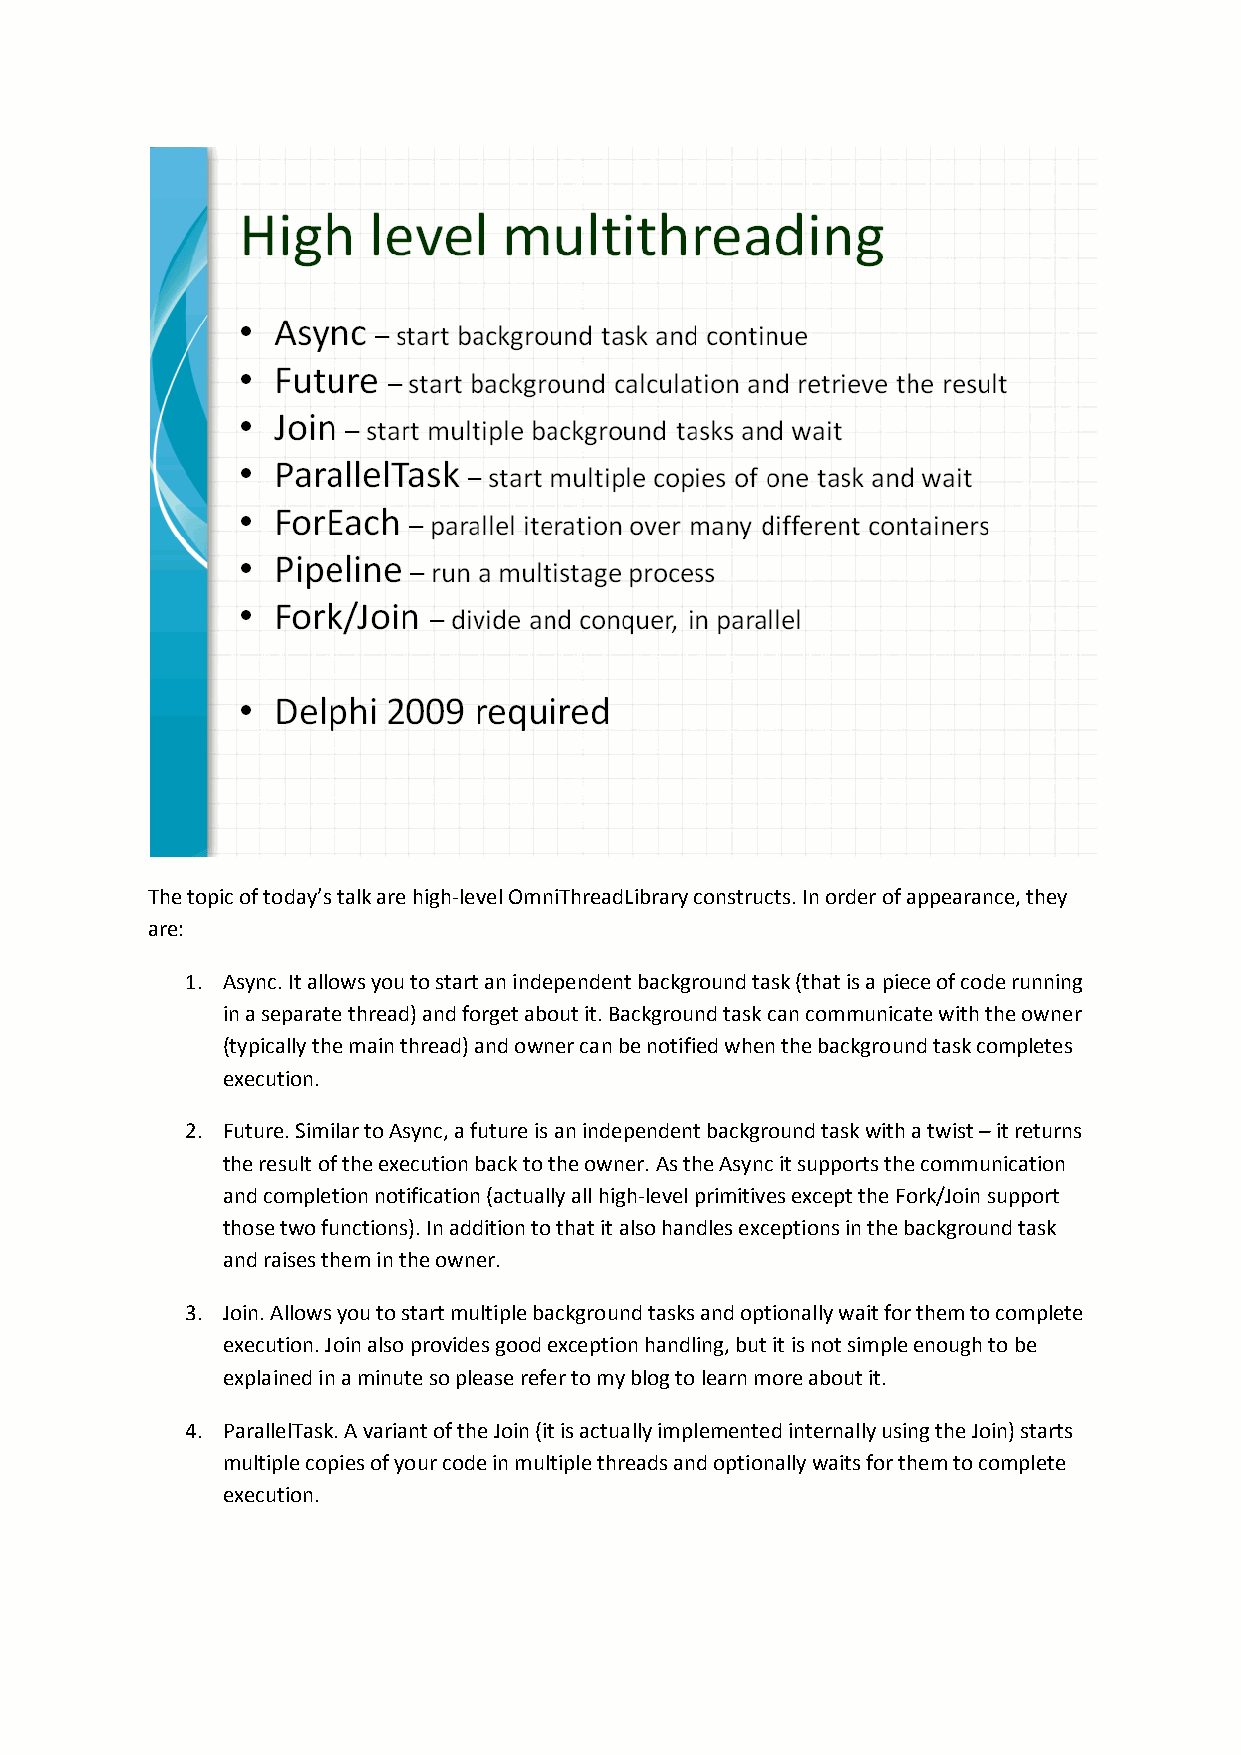
The topic of today’s talk are high-level OmniThreadLibrary constructs. In order of appearance, they
 are:
 1. Async. It allows you to start an independent background task (that is a piece of code running
 in a separate thread) and forget about it. Background task can communicate with the owner
 (typically the main thread) and owner can be notified when the background task completes
 execution.
 2. Future. Similar to Async, a future is an independent background task with a twist – it returns
 the result of the execution back to the owner. As the Async it supports the communication
 and completion notification (actually all high-level primitives except the Fork/Join support
 those two functions). In addition to that it also handles exceptions in the background task
 and raises them in the owner.
 3. Join. Allows you to start multiple background tasks and optionally wait for them to complete
 execution. Join also provides good exception handling, but it is not simple enough to be
 explained in a minute so please refer to my blog to learn more about it.
 4. ParallelTask. A variant of the Join (it is actually implemented internally using the Join) starts
 multiple copies of your code in multiple threads and optionally waits for them to complete
 execution.